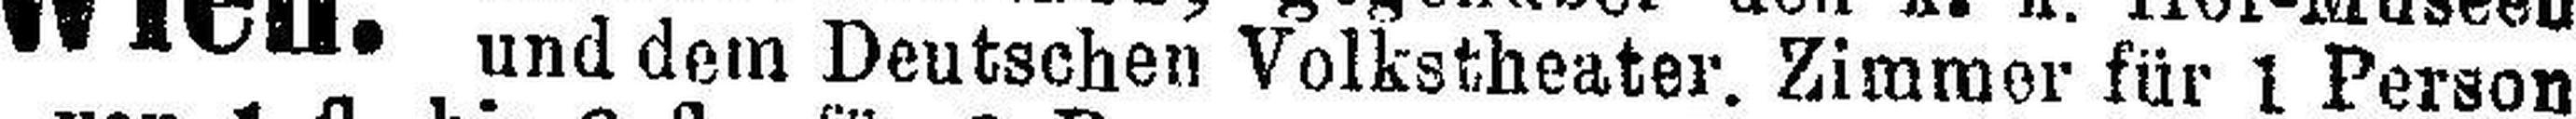
und dem Deutschen Volkstheater. Zimmer für 1 Person